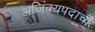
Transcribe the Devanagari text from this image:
अजिंक्यपदाची